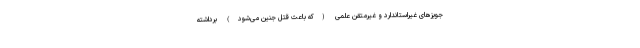
جویزهای غیراستاندارد و غیرمتقن علمی (که باعث قتل جنین می‌شود) برداشته